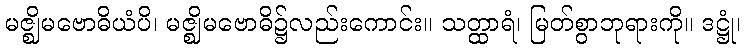
မဇ္ဈိမဗောဓိယံပိ၊ မဇ္ဈိမဗောဓိ၌လည်းကောင်း။ သတ္ထာရံ၊ မြတ်စွာဘုရားကို။ ဒဋ္ဌုံ၊